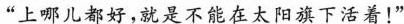
“上哪儿都好，就是不能在太阳旗下活着！”